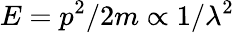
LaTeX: E=p^{2}/2m\propto 1/\lambda^{2}